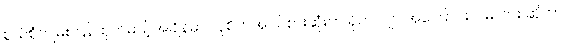
စွယ်စုံကျမ်း ပြန်ထုတ်မယ့်အချိန်မှာ လူစိတ်အဝင်စားဆုံးက ရိုဟင်ဂျာ အကြောင်း ပါမလား ဆိုတာ